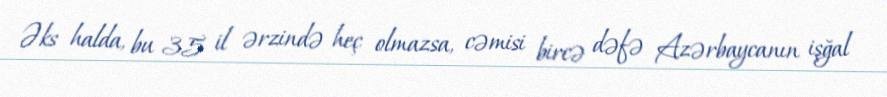
Əks halda, bu 35 il ərzində heç olmazsa, cəmisi bircə dəfə Azərbaycanın işğal